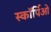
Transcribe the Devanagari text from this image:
स्कॉर्पिओ